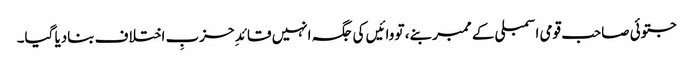
جتوئی صاحب قومی اسمبلی کے ممبر بنے، تو وائیں کی جگہ انہیں قائدِ حزبِ اختلاف بنادیا گیا۔